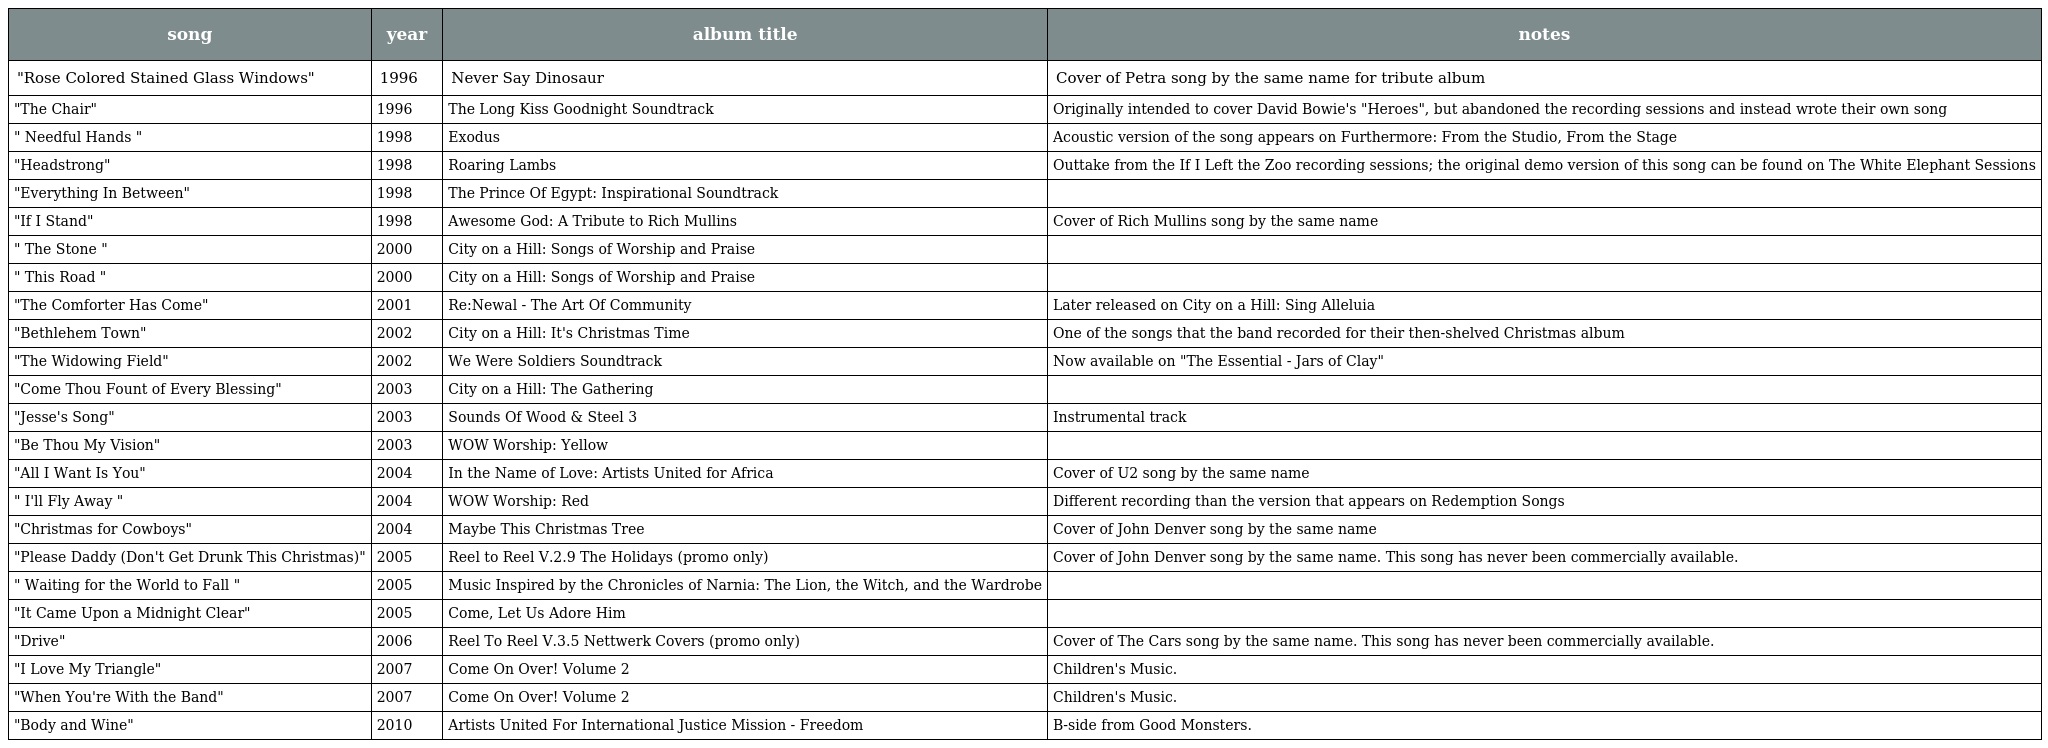
| song | year | album title | notes |
 | --- | --- | --- | --- |
 | "Rose Colored Stained Glass Windows" | 1996 | Never Say Dinosaur | Cover of Petra song by the same name for tribute album |
 | "The Chair" | 1996 | The Long Kiss Goodnight Soundtrack | Originally intended to cover David Bowie's "Heroes", but abandoned the recording sessions and instead wrote their own song |
 | " Needful Hands " | 1998 | Exodus | Acoustic version of the song appears on Furthermore: From the Studio, From the Stage |
 | "Headstrong" | 1998 | Roaring Lambs | Outtake from the If I Left the Zoo recording sessions; the original demo version of this song can be found on The White Elephant Sessions |
 | "Everything In Between" | 1998 | The Prince Of Egypt: Inspirational Soundtrack |  |
 | "If I Stand" | 1998 | Awesome God: A Tribute to Rich Mullins | Cover of Rich Mullins song by the same name |
 | " The Stone " | 2000 | City on a Hill: Songs of Worship and Praise |  |
 | " This Road " | 2000 | City on a Hill: Songs of Worship and Praise |  |
 | "The Comforter Has Come" | 2001 | Re:Newal - The Art Of Community | Later released on City on a Hill: Sing Alleluia |
 | "Bethlehem Town" | 2002 | City on a Hill: It's Christmas Time | One of the songs that the band recorded for their then-shelved Christmas album |
 | "The Widowing Field" | 2002 | We Were Soldiers Soundtrack | Now available on "The Essential - Jars of Clay" |
 | "Come Thou Fount of Every Blessing" | 2003 | City on a Hill: The Gathering |  |
 | "Jesse's Song" | 2003 | Sounds Of Wood & Steel 3 | Instrumental track |
 | "Be Thou My Vision" | 2003 | WOW Worship: Yellow |  |
 | "All I Want Is You" | 2004 | In the Name of Love: Artists United for Africa | Cover of U2 song by the same name |
 | " I'll Fly Away " | 2004 | WOW Worship: Red | Different recording than the version that appears on Redemption Songs |
 | "Christmas for Cowboys" | 2004 | Maybe This Christmas Tree | Cover of John Denver song by the same name |
 | "Please Daddy (Don't Get Drunk This Christmas)" | 2005 | Reel to Reel V.2.9 The Holidays (promo only) | Cover of John Denver song by the same name. This song has never been commercially available. |
 | " Waiting for the World to Fall " | 2005 | Music Inspired by the Chronicles of Narnia: The Lion, the Witch, and the Wardrobe |  |
 | "It Came Upon a Midnight Clear" | 2005 | Come, Let Us Adore Him |  |
 | "Drive" | 2006 | Reel To Reel V.3.5 Nettwerk Covers (promo only) | Cover of The Cars song by the same name. This song has never been commercially available. |
 | "I Love My Triangle" | 2007 | Come On Over! Volume 2 | Children's Music. |
 | "When You're With the Band" | 2007 | Come On Over! Volume 2 | Children's Music. |
 | "Body and Wine" | 2010 | Artists United For International Justice Mission - Freedom | B-side from Good Monsters. |